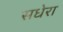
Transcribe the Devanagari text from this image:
सधेरा